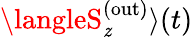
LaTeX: {\langleS_{\mathit{z}}^{(\mathrm{{out}})}\rangle(t)}